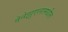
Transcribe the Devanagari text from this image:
वेनेझुएलामधील